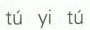
tú yi tú